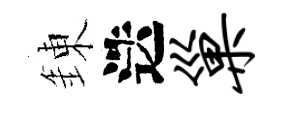
錬迭巢